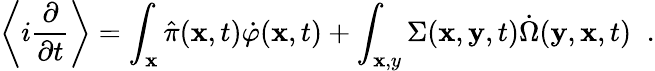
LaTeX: \left\langle i\frac{\partial}{\partial t}\right\rangle=\int_{\mathbf x}\hat{\pi}({\mathbf x},t)\dot{\varphi}({\mathbf x},t)+\int_{\mathbf x,y}\Sigma({\mathbf x},{\mathbf y},t)\dot{\Omega}({\mathbf y},{\mathbf x},t)\; \; .